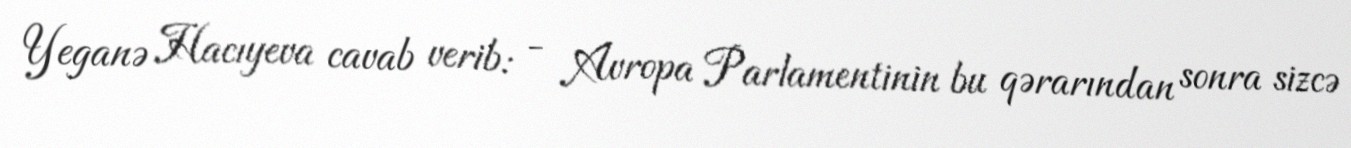
Yeganə Hacıyeva cavab verib: - Avropa Parlamentinin bu qərarından sonra sizcə